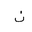
Letter: _non